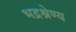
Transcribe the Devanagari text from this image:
भद्रश्रेण्य